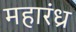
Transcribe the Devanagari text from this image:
महारंध्र